画像に写った文字を読んでください
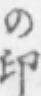
「の印」と書いてあります